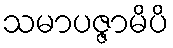
သမာပဇ္ဇာမိပိ